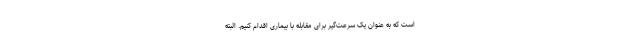
است که به عنوان یک سرعت‌گیر برای مقابله با بیماری اقدام کنیم. البته